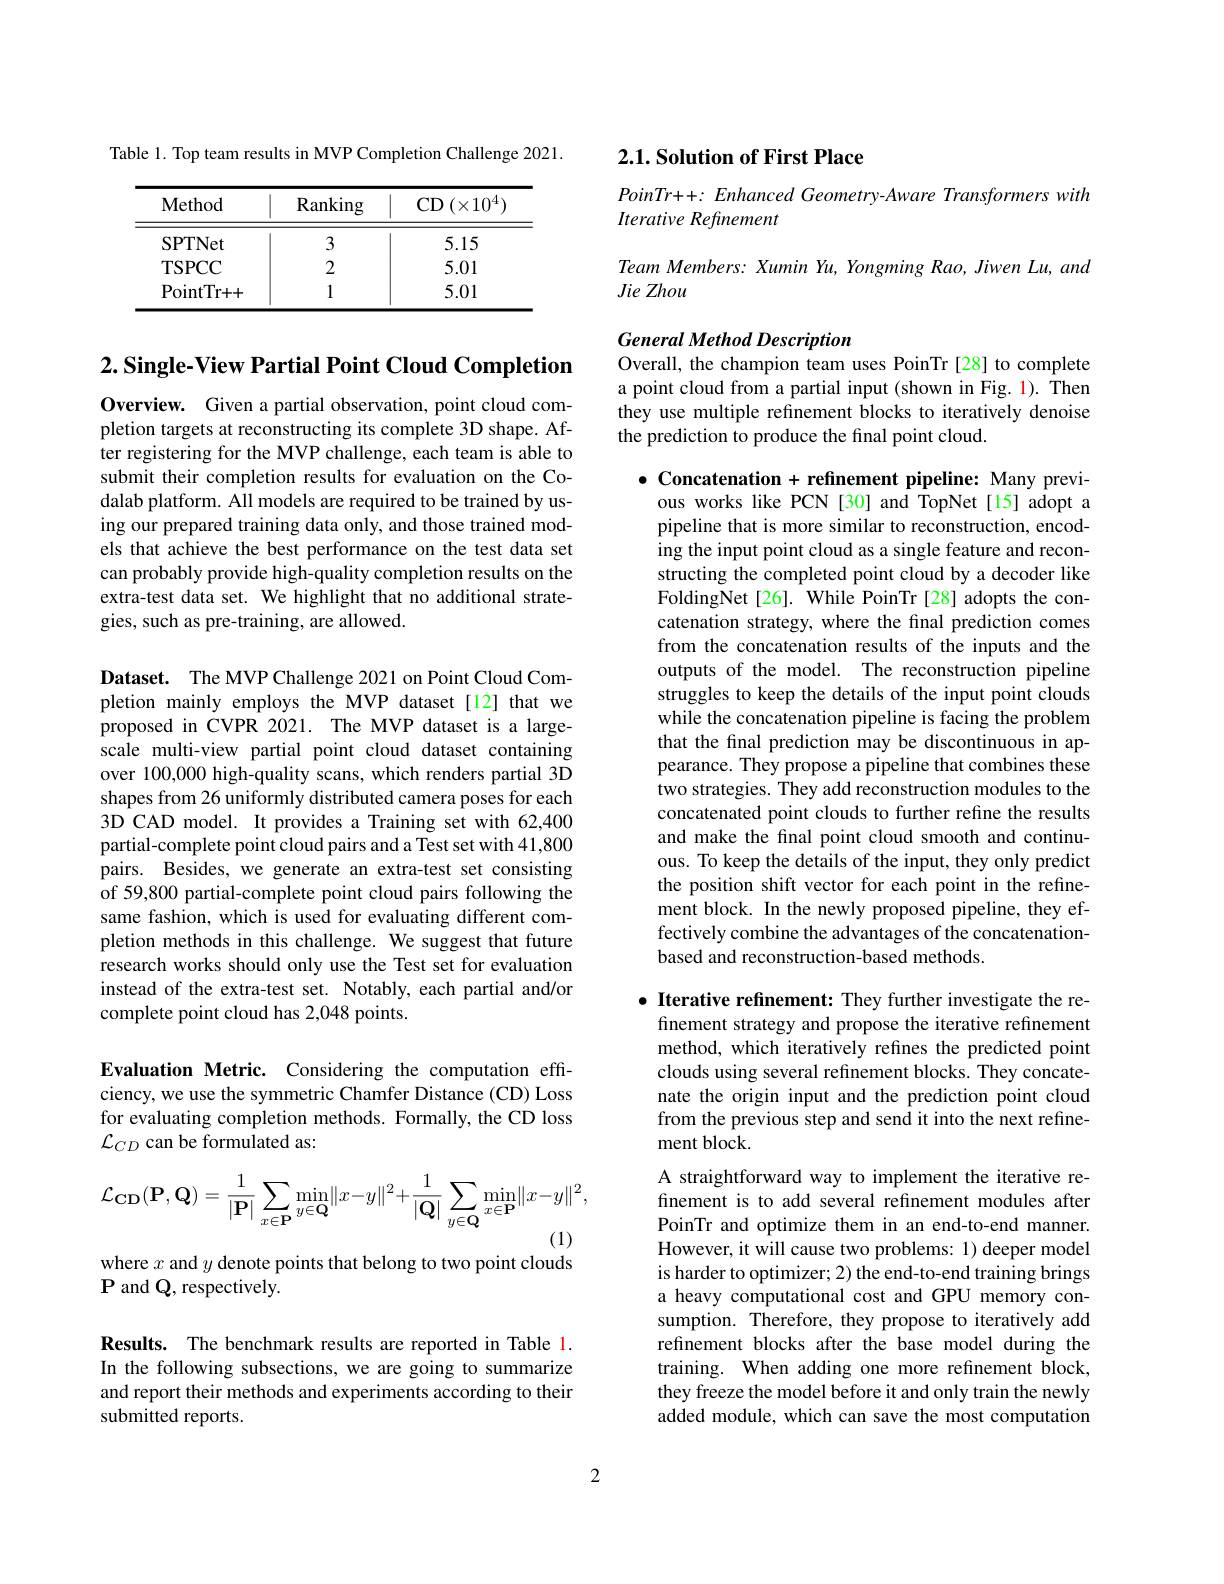
Table 1. Top team results in MVP Completion Challenge 2021.

<table>
	<tbody>
		<tr>
			<th>Method</th>
			<th>Ranking</th>
			<th>$\operatorname{CD}(\times10^{4})$</th>
		</tr>
		<tr>
			<td>SPTNet</td>
			<td>3</td>
			<td>5.15</td>
		</tr>
		<tr>
			<td>TSPCC</td>
			<td>2</td>
			<td>5.01</td>
		</tr>
		<tr>
			<td>PointTr+ + </td>
			<td>1</td>
			<td>5.01</td>
		</tr>
	</tbody>
</table>

$2. \textbf{Single- View Partial Point Cloud Completion}$

Overview. Given a partial observation, point cloud completion targets at reconstructing its complete 3D shape. After registering for the MVP challenge, each team is able to submit their completion results for evaluation on the Codalab platform. All models are required to be trained by using our prepared training data only, and those trained models that achieve the best performance on the test data set can probably provide high-quality completion results on the extra-test data set. We highlight that no additional strategies, such as pre-training, are allowed.

Dataset. The MVP Challenge 2021 on Point Cloud Completion mainly employs the MVP dataset[12] that we proposed in CVPR 2021. The MVP dataset is a largescale multi-view partial point cloud dataset containing over 100,000 high-quality scans, which renders partial 3D shapes from 26 uniformly distributed camera poses for each 3D CAD model. It provides a Training set with 62,400 partial-complete point cloud pairs and a Test set with 41,800 pairs. Besides, we generate an extra-test set consisting of 59,800 partial-complete point cloud pairs following the same fashion, which is used for evaluating different completion methods in this challenge. We suggest that future research works should only use the Test set for evaluation instead of the extra-test set. Notably, each partial and/or complete point cloud has 2,048 points.

Evaluation Metric. Considering the computation effciency, we use the symmetric Chamfer Distance (CD) Loss for evaluating completion methods. Formally, the CD loss $\mathcal{L}_{CD}$ can be formulated as:
$$\mathcal{L}_{\mathbf{CD}}(\mathbf{P},\mathbf{Q})=\frac{1}{|\mathbf{P}|}\sum_{x\in\mathbf{P}}\min_{y\in\mathbf{Q}}\lVert x-y\rVert^{2}+\frac{1}{|\mathbf{Q}|}\sum_{y\in\mathbf{Q}}\min_{x\in\mathbf{P}}\lVert x-y\rVert^{2},$$
(1)

where $x$ and $y$ denote points that belong to two point clouds
$\mathbf{P}$ and Q, respectively.

Results. The benchmark results are reported in Table 1. In the following subsections, we are going to summarize and report their methods and experiments according to their submitted reports.

# 2.1. Solution of First Place

$PoinTr++:Enhanced$ Geometry-Aware Transformers with
Iterative Refinement

Team Members: Xumin Yu, Yongming Rao, Jiwen Lu, and
Jie Zhou

General Method Description
Overall, the champion team uses PoinTr [28] to complete

a point cloud from a partial input (shown in Fig. 1). Then they use multiple refinement blocks to iteratively denoise the prediction to produce the final point cloud.

$\bullet$ Concatenation + refinement pipeline: Many previous works like PCN [30] and TopNet[15] adopt a pipeline that is more similar to reconstruction, encoding the input point cloud as a single feature and reconstructing the completed point cloud by a decoder like FoldingNet[26]. While PoinTr[28] adopts the concatenation strategy, where the final prediction comes from the concatenation results of the inputs and the outputs of the model. The reconstruction pipeline struggles to keep the details of the input point clouds while the concatenation pipeline is facing the problem that the final prediction may be discontinuous in appearance. They propose a pipeline that combines these two strategies. They add reconstruction modules to the concatenated point clouds to further refine the results and make the final point cloud smooth and continuous. To keep the details of the input, they only predict the position shift vector for each point in the refinement block. In the newly proposed pipeline, they effectively combine the advantages of the concatenationbased and reconstruction-based methods

$\bullet$ Iterative refinement: They further investigate the re-
finement strategy and propose the iterative refinement method, which iteratively refines the predicted point clouds using several refinement blocks. They concatenate the origin input and the prediction point cloud from the previous step and send it into the next refinement block.

A straightforward way to implement the iterative refinement is to add several refinement modules after PoinTr and optimize them in an end-to-end manner. However, it will cause two problems: 1) deeper model is harder to optimizer; 2) the end-to-end training brings a heavy computational cost and GPU memory consumption. Therefore, they propose to iteratively add refinement blocks after the base model during the training. When adding one more refinement block, they freeze the model before it and only train the newly added module, which can save the most computation

2